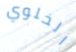
الخلوي